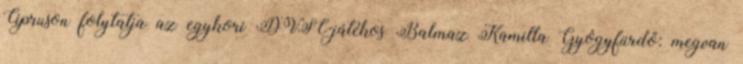
Cipruson folytatja az egykori DVSC-játékos Balmaz Kamilla Gyógyfürdő: megvan